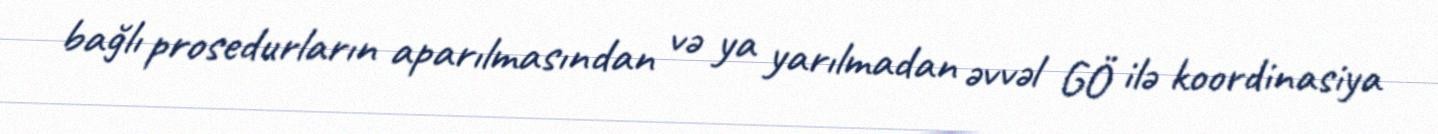
bağlı prosedurların aparılmasından və ya yarılmadan əvvəl GÖ ilə koordinasiya